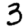
Digit: 3